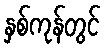
နှစ်ကုန်တွင်